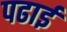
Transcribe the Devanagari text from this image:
पढार्इ